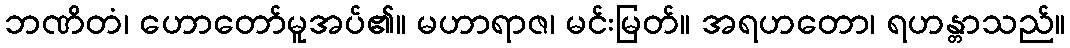
ဘဏိတံ၊ ဟောတော်မူအပ်၏။ မဟာရာဇ၊ မင်းမြတ်။ အရဟတော၊ ရဟန္တာသည်။